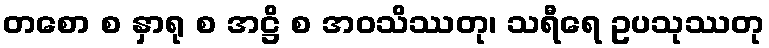
တစော စ နှာရု စ အဋ္ဌိ စ အဝသိဿတု၊ သရီရေ ဥပသုဿတု